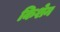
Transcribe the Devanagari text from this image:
किशेन